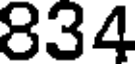
834